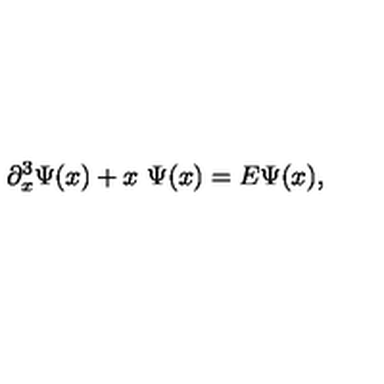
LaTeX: \partial _ { x } ^ { 3 } \Psi ( x ) + x \ \Psi ( x ) = E \Psi ( x ) ,